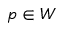
p \in W